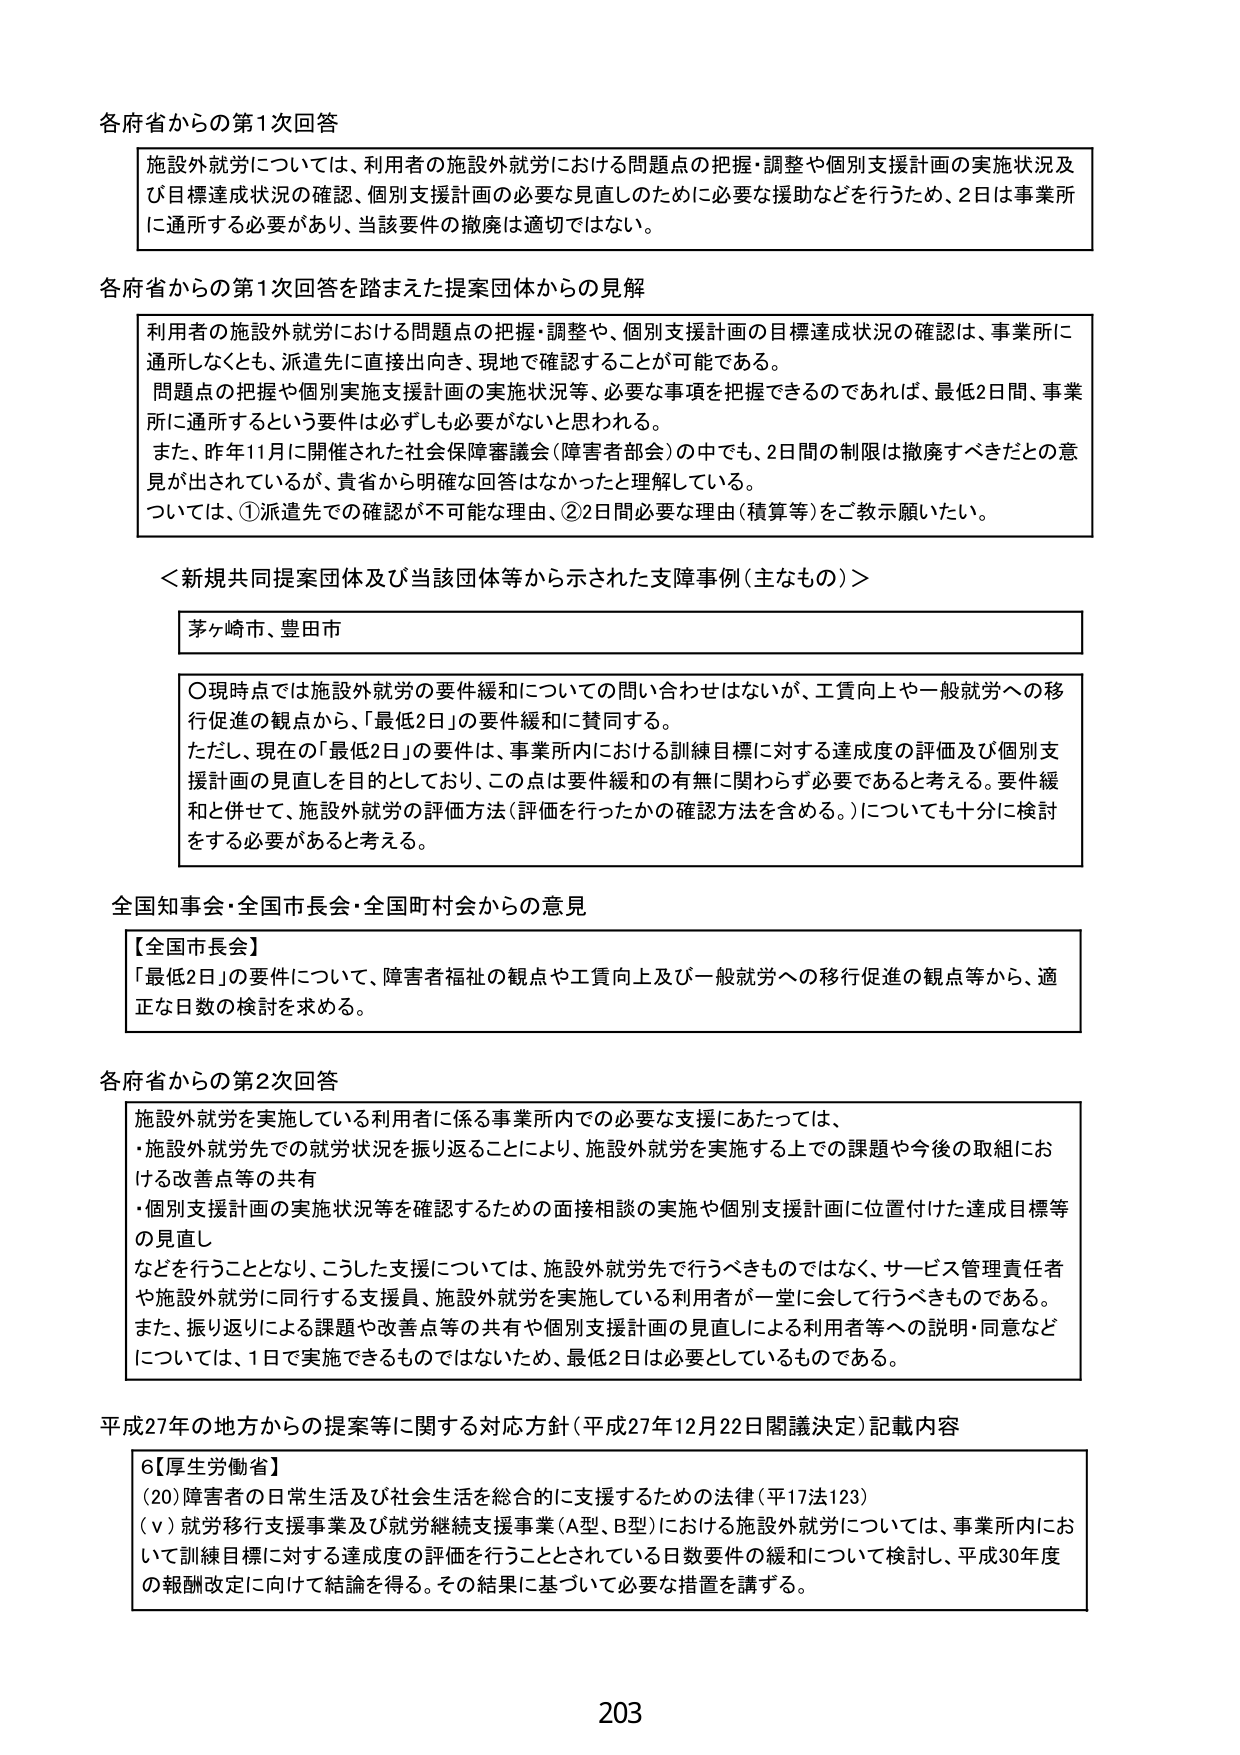
各府省からの第1次回答

施設外就労については、利用者の施設外就労における問題点の把握・調整や個別支援計画の実施状況及び目標達成状況の確認、個別支援計画の必要な見直しのために必要な援助などを行うため、2日は事業所に通所する必要があり、当該要件の撤廃は適切ではない。

各府省からの第1次回答を踏まえた提案団体からの見解

利用者の施設外就労における問題点の把握・調整や、個別支援計画の目標達成状況の確認は、事業所に通所しなくとも、派遣先に直接出向き、現地で確認することが可能である。
問題点の把握や個別実施支援計画の実施状況等、必要な事項を把握できるのであれば、最低2日間、事業所に通所するという要件は必ずしも必要がないと思われる。
また、昨年11月に開催された社会保障審議会（障害者部会）の中でも、2日間の制限は撤廃すべきだとの意見が出されているが、貴省から明確な回答はなかったと理解している。
ついては、①派遣先での確認が不可能な理由、②2日間必要な理由（積算等）をご教示願いたい。

＜新規共同提案団体及び当該団体等から示された支障事例（主なもの）＞

茅ヶ崎市、豊田市

〇現時点では施設外就労の要件緩和についての問い合わせはないが、工賃向上や一般就労への移行促進の観点から、「最低2日」の要件緩和に賛同する。
ただし、現在の「最低2日」の要件は、事業所内における訓練目標に対する達成度の評価及び個別支援計画の見直しを目的としており、この点は要件緩和の有無に関わらず必要であると考える。要件緩和と併せて、施設外就労の評価方法（評価を行ったかの確認方法を含める。）についても十分に検討をする必要があると考える。

全国知事会・全国市長会・全国町村会からの意見

【全国市長会】
「最低2日」の要件について、障害者福祉の観点や工賃向上及び一般就労への移行促進の観点等から、適正な日数の検討を求める。

各府省からの第2次回答

施設外就労を実施している利用者に係る事業所内での必要な支援にあたっては、
・施設外就労先での就労状況を振り返ることにより、施設外就労を実施する上での課題や今後の取組における改善点等の共有
・個別支援計画の実施状況等を確認するための面接相談の実施や個別支援計画に位置付けた達成目標等の見直し
などを行うこととなり、こうした支援については、施設外就労先で行うべきものではなく、サービス管理責任者や施設外就労に同行する支援員、施設外就労を実施している利用者が一堂に会して行うべきものである。
また、振り返りによる課題や改善点等の共有や個別支援計画の見直しによる利用者等への説明・同意などについては、1日で実施できるものではないため、最低2日は必要としているものである。

平成27年の地方からの提案等に関する対応方針（平成27年12月22日閣議決定）記載内容

6【厚生労働省】
(20) 障害者の日常生活及び社会生活を総合的に支援するための法律（平17法123）
（ⅴ）就労移行支援事業及び就労継続支援事業（A型、B型）における施設外就労については、事業所内において訓練目標に対する達成度の評価を行うこととされている日数要件の緩和について検討し、平成30年度の報酬改定に向けて結論を得る。その結果に基づいて必要な措置を講ずる。

203